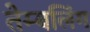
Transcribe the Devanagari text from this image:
तेम्बलिंग